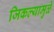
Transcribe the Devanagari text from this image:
जिकल्यामुळे